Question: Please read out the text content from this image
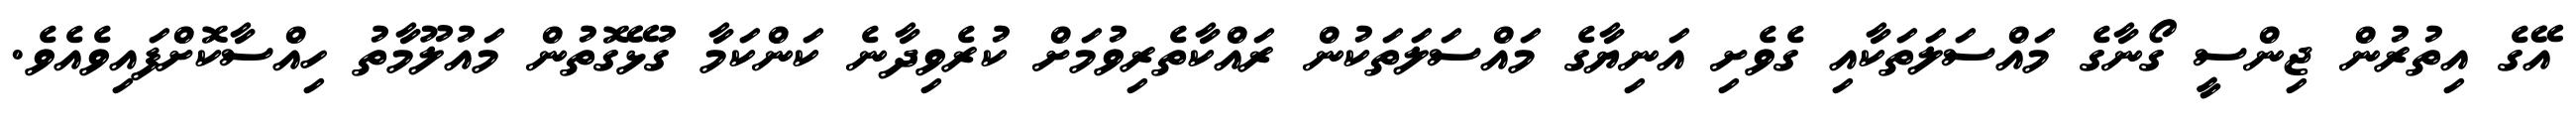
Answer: އޭގެ އިތުރުން ޖިންސީ ގޯނާގެ މައްސަލަތަކާއި ގެވެށި އަނިޔާގެ މައްސަލަތަކުން ރައްކާތެރިވުމަށް ކުރެވިދާނެ ކަންކަމާ ގުޅޭގޮތުން މައުލޫމާތު ހިއްސާކޮށްފައިވެއެވެ.